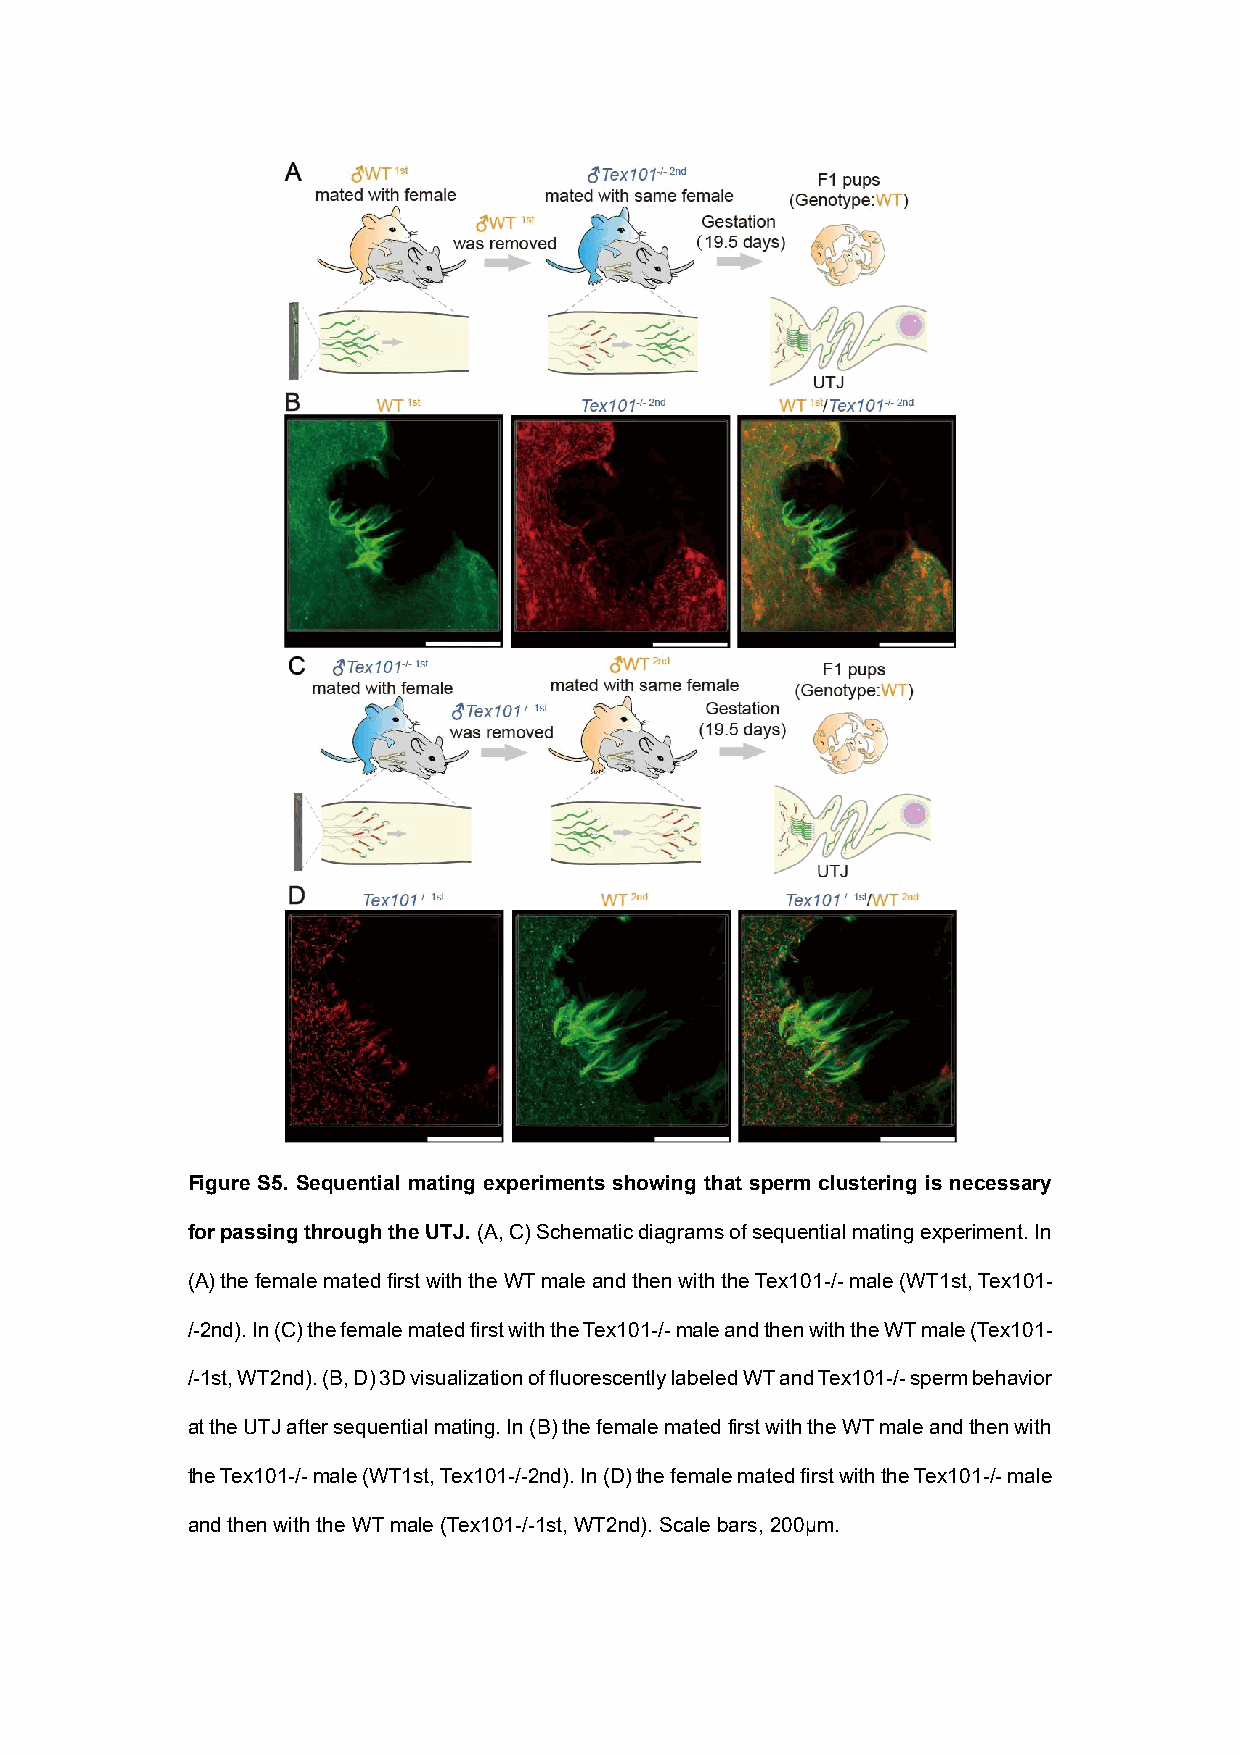
Figure S5. Sequential mating experiments showing that sperm clustering is necessary
 for passing through the UTJ. (A, C) Schematic diagrams of sequential mating experiment. In
 (A) the female mated first with the WT male and then with the Tex101-/- male (WT1st, Tex101-
 /-2nd). In (C) the female mated first with the Tex101-/- male and then with the WT male (Tex101-
 /-1st, WT2nd). (B, D) 3D visualization of fluorescently labeled WT and Tex101-/- sperm behavior
 at the UTJ after sequential mating. In (B) the female mated first with the WT male and then with
 the Tex101-/- male (WT1st, Tex101-/-2nd). In (D) the female mated first with the Tex101-/- male
 and then with the WT male (Tex101-/-1st, WT2nd). Scale bars, 200μm.